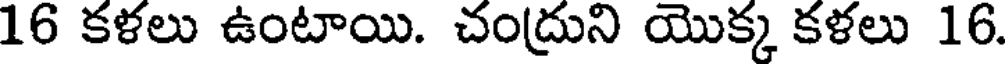
16 కళలు ఉంటాయి. చంద్రుని యొక్క కళలు 16.